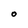
Character: O